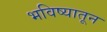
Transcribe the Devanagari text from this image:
भविष्यातून